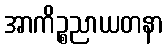
အာကိဉ္စညာယတနာ